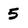
Character: 5